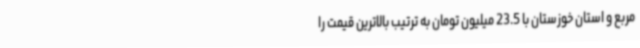
مربع و استان خوزستان با 23.5 میلیون تومان به ترتیب بالاترین قیمت را